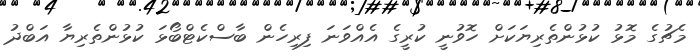
މެޗުގެ މޮޅު ކުޅުންތެރިޔަކަށް ހޮވުނީ ކުރީގެ އެއްވަނަ ފިރިހެން ބާސްކެޓްބޯޅަ ކުޅުންތެރިޔާ އަބްދު